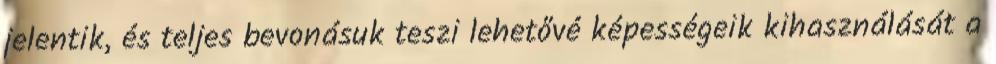
jelentik, és teljes bevonásuk teszi lehetővé képességeik kihasználását a